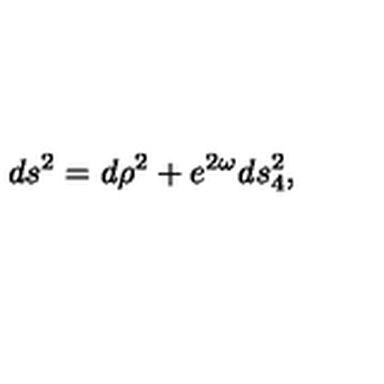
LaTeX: d s ^ { 2 } = d \rho ^ { 2 } + e ^ { 2 \omega } d s _ { 4 } ^ { 2 } ,